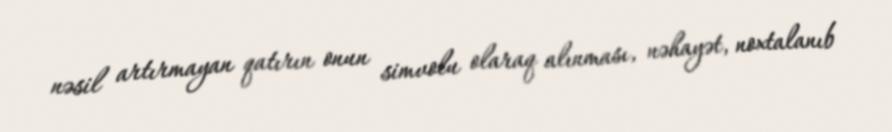
nəsil artırmayan qatırın onun simvolu olaraq alınması, nəhayət, noxtalanıb